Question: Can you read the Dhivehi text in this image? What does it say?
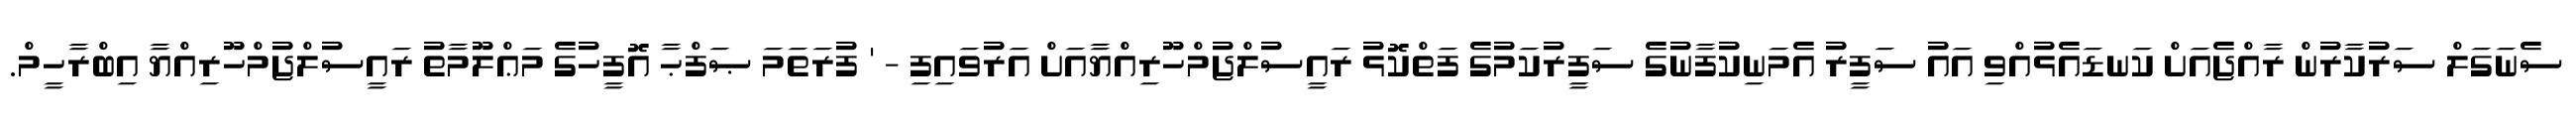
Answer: ސެނަގަލް ސަރުކާރުން ރާއްޖެއަށް ކަނޑައެޅުއްވި އައު ސަފީރު އެމަނިކުފާނުގެ ސަފީރުކަމުގެ ފަތްކޮޅު ރައީސުލްޖުމްހޫރިއްޔާއަށް އަރުވައިފި - ' ފުރަތަމަ ޞަފްޙާ އޮފީހުގެ މަޢްލޫމާތު ރައީސުލްޖުމްހޫރިއްޔާ އިބްރާހީމް.